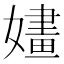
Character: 嫿